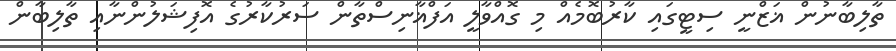
ތާލިބާނުން ޣަޒްނީ ސިޓީގައި ކާރުބޮމެއް މި ގޮއްވާލީ އަފްޣާނިސްތާން ސަރުކާރުގެ އޮފިޝަލުންނާއި ތާލިބާން